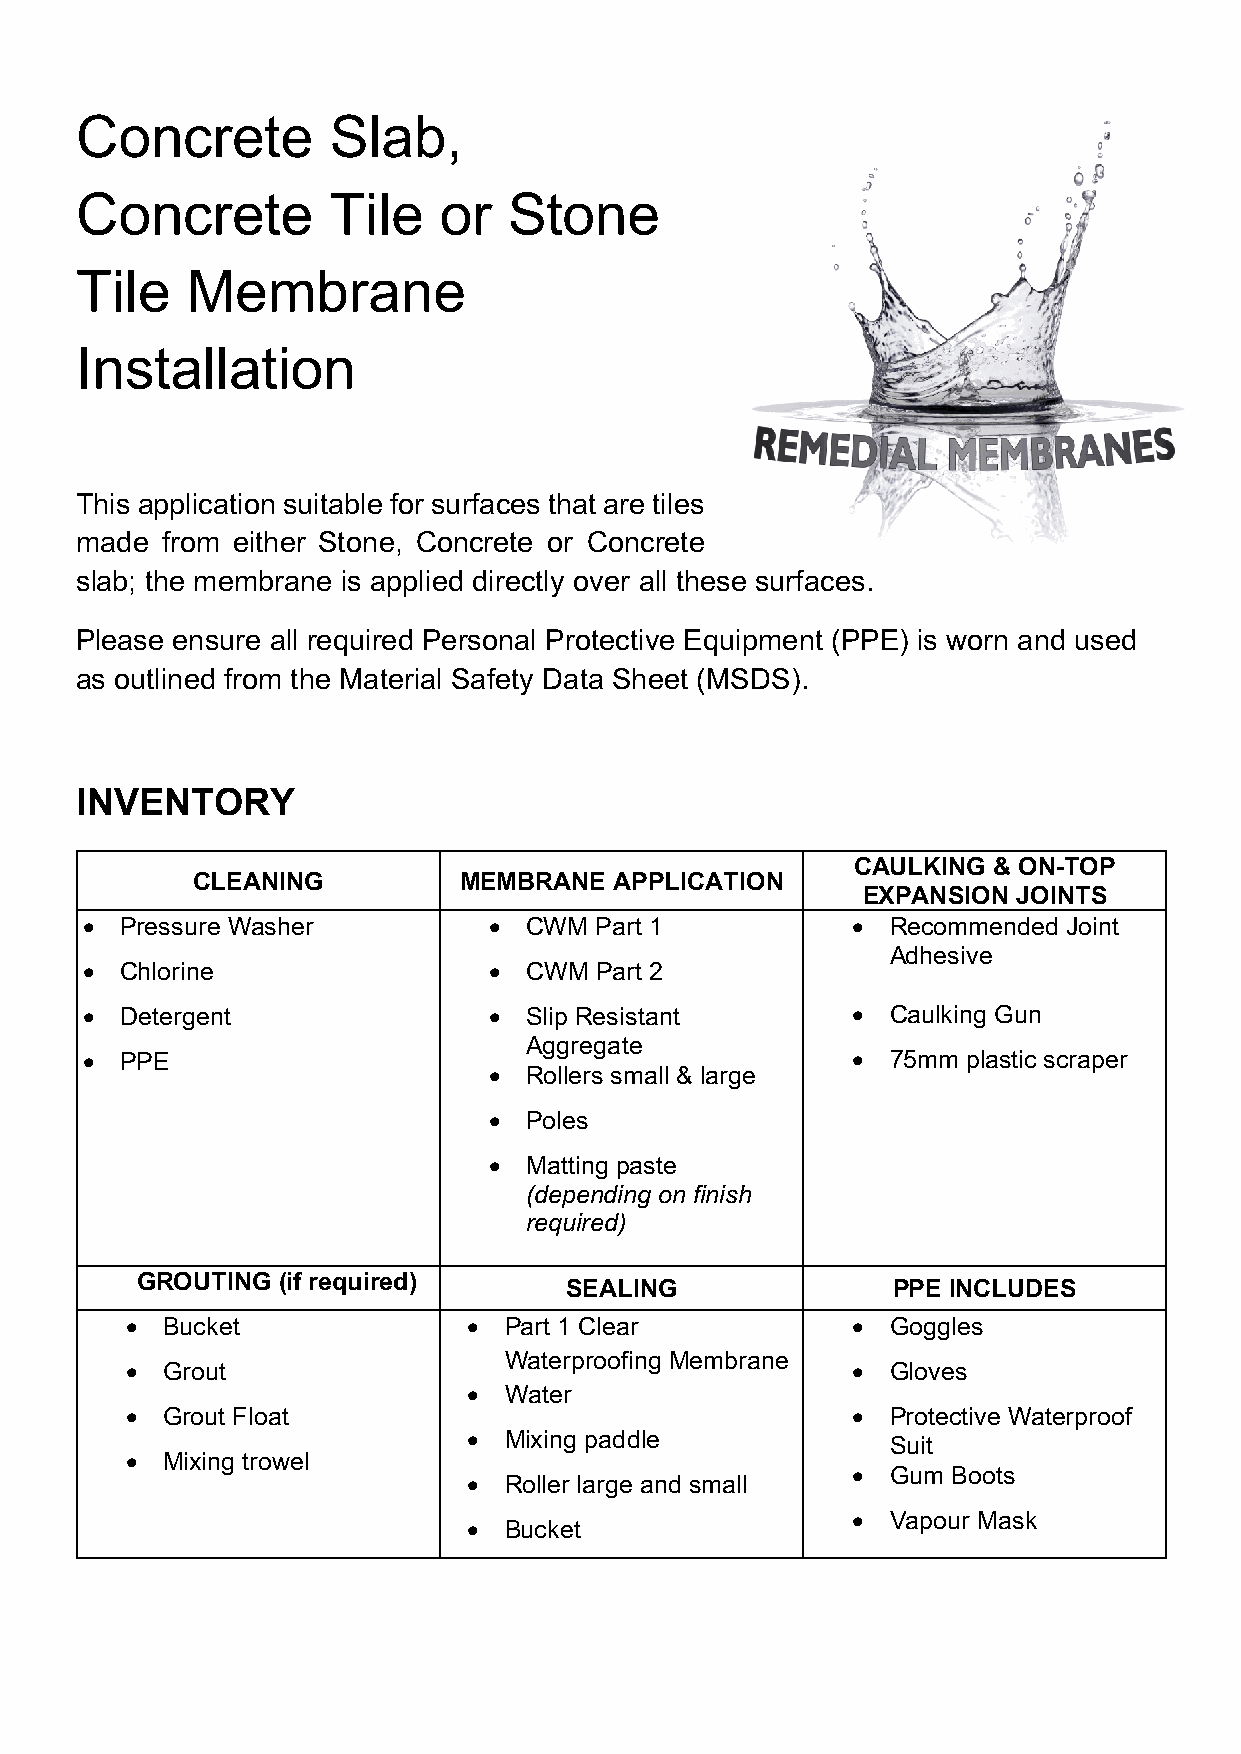
Concrete         Slab,
 Concrete         Tile   or   Stone
 Tile   Membrane
 Installation
 This application suitable for surfaces that are tiles
 made  from either Stone, Concrete or Concrete
 slab; the membrane is applied directly over all these surfaces.
 Please ensure all required Personal Protective Equipment (PPE) is worn and used
 as outlined from the Material Safety Data Sheet (MSDS).
 INVENTORY
 CAULKING & ON-TOP
 CLEANING         MEMBRANE   APPLICATION
 EXPANSION JOINTS
 •  Pressure Washer         •  CWM Part 1           •  Recommended Joint
 Adhesive
 •  Chlorine                •  CWM Part 2
 •  Detergent               •  Slip Resistant       •  Caulking Gun
 Aggregate
 •  PPE                                             •  75mm plastic scraper
 •  Rollers small & large
 •  Poles
 •  Matting paste
 (depending on finish
 required)
 GROUTING (if required)
 SEALING               PPE INCLUDES
 •  Bucket              • Part 1 Clear           •  Goggles
 Waterproofing Membrane
 •  Grout                                        •  Gloves
 • Water
 •  Grout Float                                  •  Protective Waterproof
 • Mixing paddle             Suit
 •  Mixing trowel
 •  Gum Boots
 • Roller large and small
 •  Vapour Mask
 • Bucket